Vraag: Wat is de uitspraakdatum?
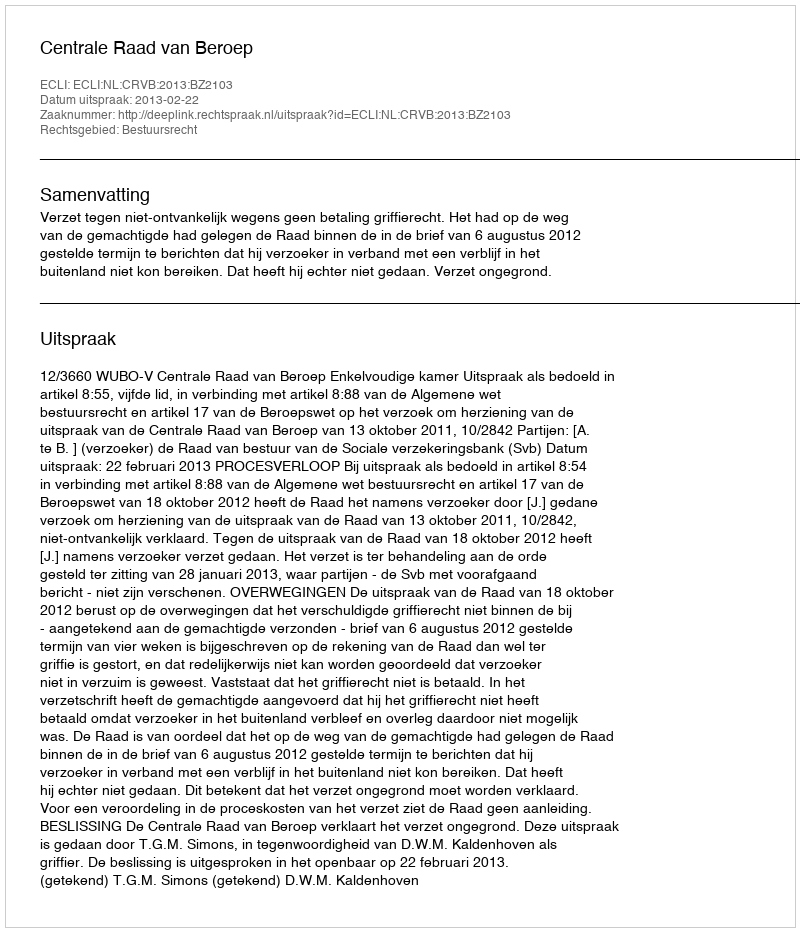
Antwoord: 2013-02-22